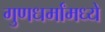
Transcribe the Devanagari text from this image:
गुणधर्मांमध्ये